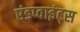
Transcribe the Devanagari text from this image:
एंडप्वाइंट्स